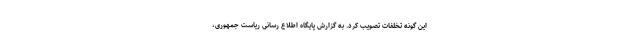
این گونه تخلفات تصویب کرد. به گزارش پایگاه اطلاع رسانی ریاست جمهوری،